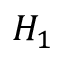
H _ { 1 }